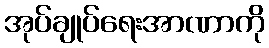
အုပ်ချုပ်ရေးအာဏာကို